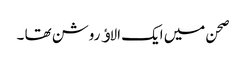
صحن میں ایک الاﺅ روشن تھا ۔